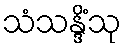
သံသန္ဒိံသု